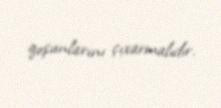
qoşunlarını çıxarmalıdır.